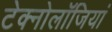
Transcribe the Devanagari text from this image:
टेक्नोलॉजियां